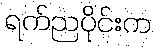
ရက်ညပိုင်းက